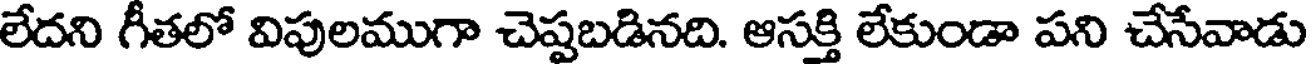
లేదని గీతలో విపులముగా చెప్పబడినది. ఆసక్తి లేకుండా పని చేసేవాడు